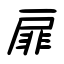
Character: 扉